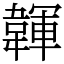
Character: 韗